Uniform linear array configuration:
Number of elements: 64
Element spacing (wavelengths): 1
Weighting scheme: exponential
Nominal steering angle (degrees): -30
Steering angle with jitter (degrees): -31.398
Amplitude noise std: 0.05
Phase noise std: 0.05

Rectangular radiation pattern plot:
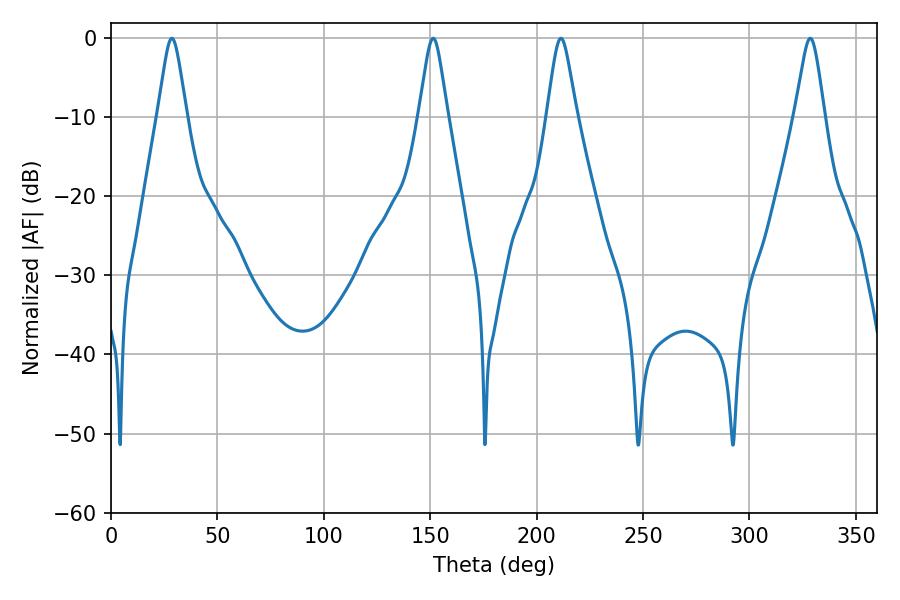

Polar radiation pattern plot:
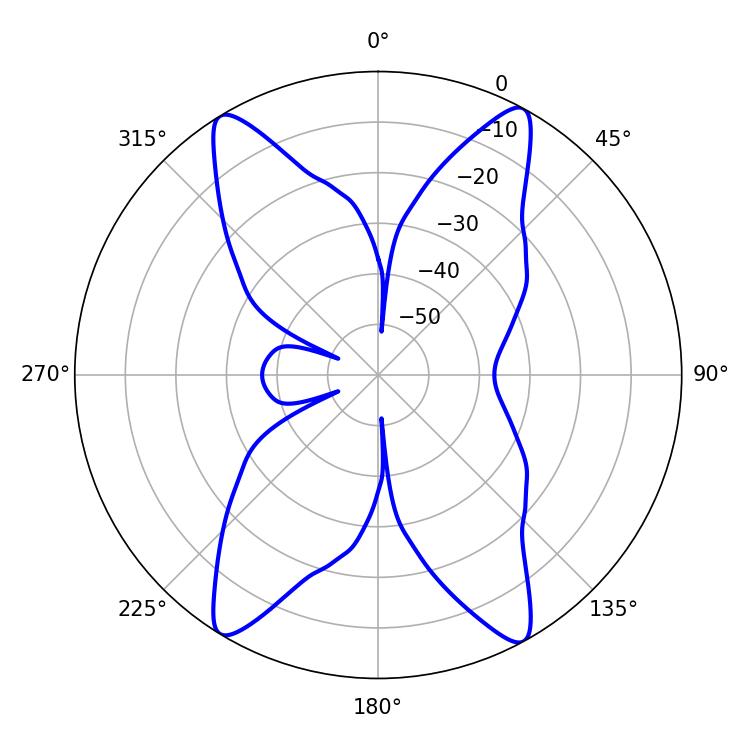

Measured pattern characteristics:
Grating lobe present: TRUE
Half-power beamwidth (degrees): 6.48
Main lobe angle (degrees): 28.62